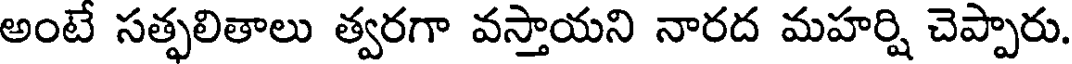
అంటే సత్ఫలితాలు త్వరగా వస్తాయని నారద మహర్షి చెప్పారు